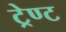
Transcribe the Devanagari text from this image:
ट्रेण्ट